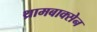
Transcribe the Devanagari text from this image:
थ्रामबाक्सेन